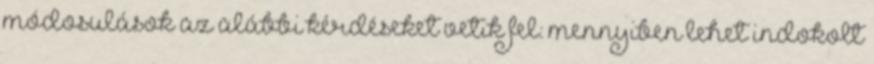
módosulások az alábbi kérdéseket vetik fel: mennyiben lehet indokolt